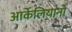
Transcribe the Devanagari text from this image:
आर्केलियानो